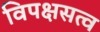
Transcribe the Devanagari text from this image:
विपक्षसत्व